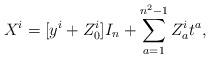
LaTeX: \begin{align*}X^{i}=[y^{i}+ Z^{i}_{0}]I_{n} + \sum_{a=1}^{n^2 -1}Z^{i}_{a}t^{a},\end{align*}